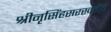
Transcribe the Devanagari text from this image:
श्रीनृसिंहसरस्वतींचे